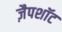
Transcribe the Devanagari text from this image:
ज़ैपशॉट